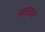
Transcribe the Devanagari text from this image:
असहाबे